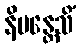
နိမန္တေသိံ